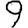
Digit: 9